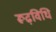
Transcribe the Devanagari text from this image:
रूढ़विधि